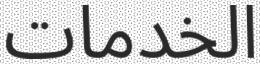
الخدمات